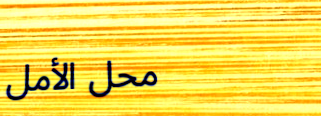
محل الأمل